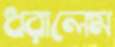
ধরালেম